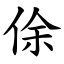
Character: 俆